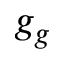
g _ { g }